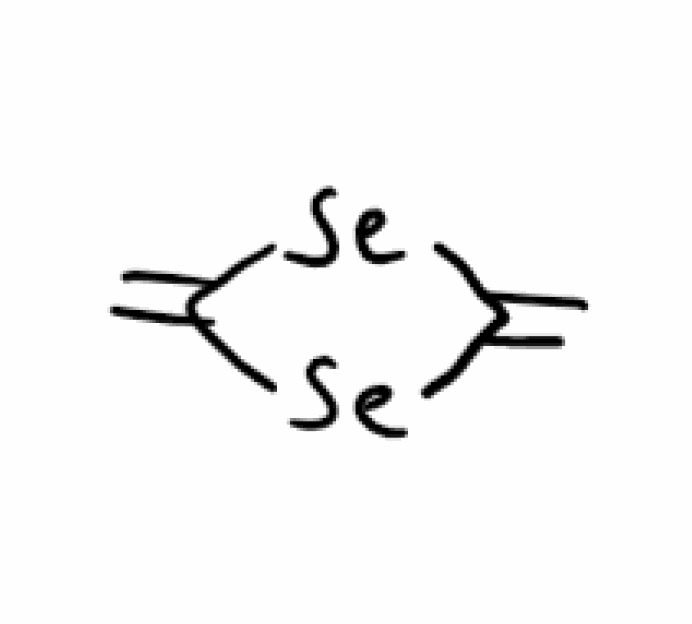
Simplified molecular-input line-entry system (SMILES) notation of the given molecule:
C=C1[Se]C(=C)[Se]1